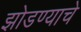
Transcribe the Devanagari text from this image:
झोडण्याचे